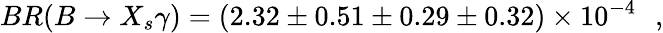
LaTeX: BR(B\rightarrow X_{s}\gamma)=(2.32\pm 0.51\pm 0.29\pm 0.32)\times 10^{-4}\, \, \, \, ,